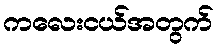
ကလေးငယ်အတွက်